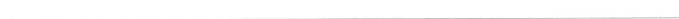
___